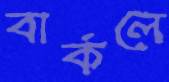
বার্কলে